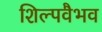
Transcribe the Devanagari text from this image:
शिल्पवैभव